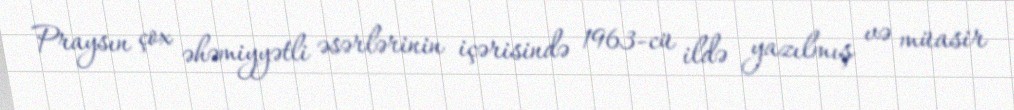
Praysın çox əhəmiyyətli əsərlərinin içərisində 1963-cü ildə yazılmış və müasir